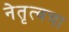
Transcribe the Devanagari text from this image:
नेतृत्वचा